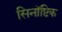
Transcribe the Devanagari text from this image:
सिनॉष्टिक